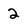
Character: 2